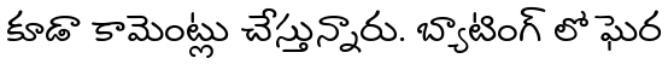
కూడా కామెంట్లు చేస్తున్నారు. బ్యాటింగ్ లో ఘెర